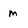
Character: m